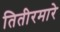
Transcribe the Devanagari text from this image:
तितीरमारे